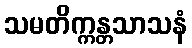
သမတိက္ကန္တသာသနံ